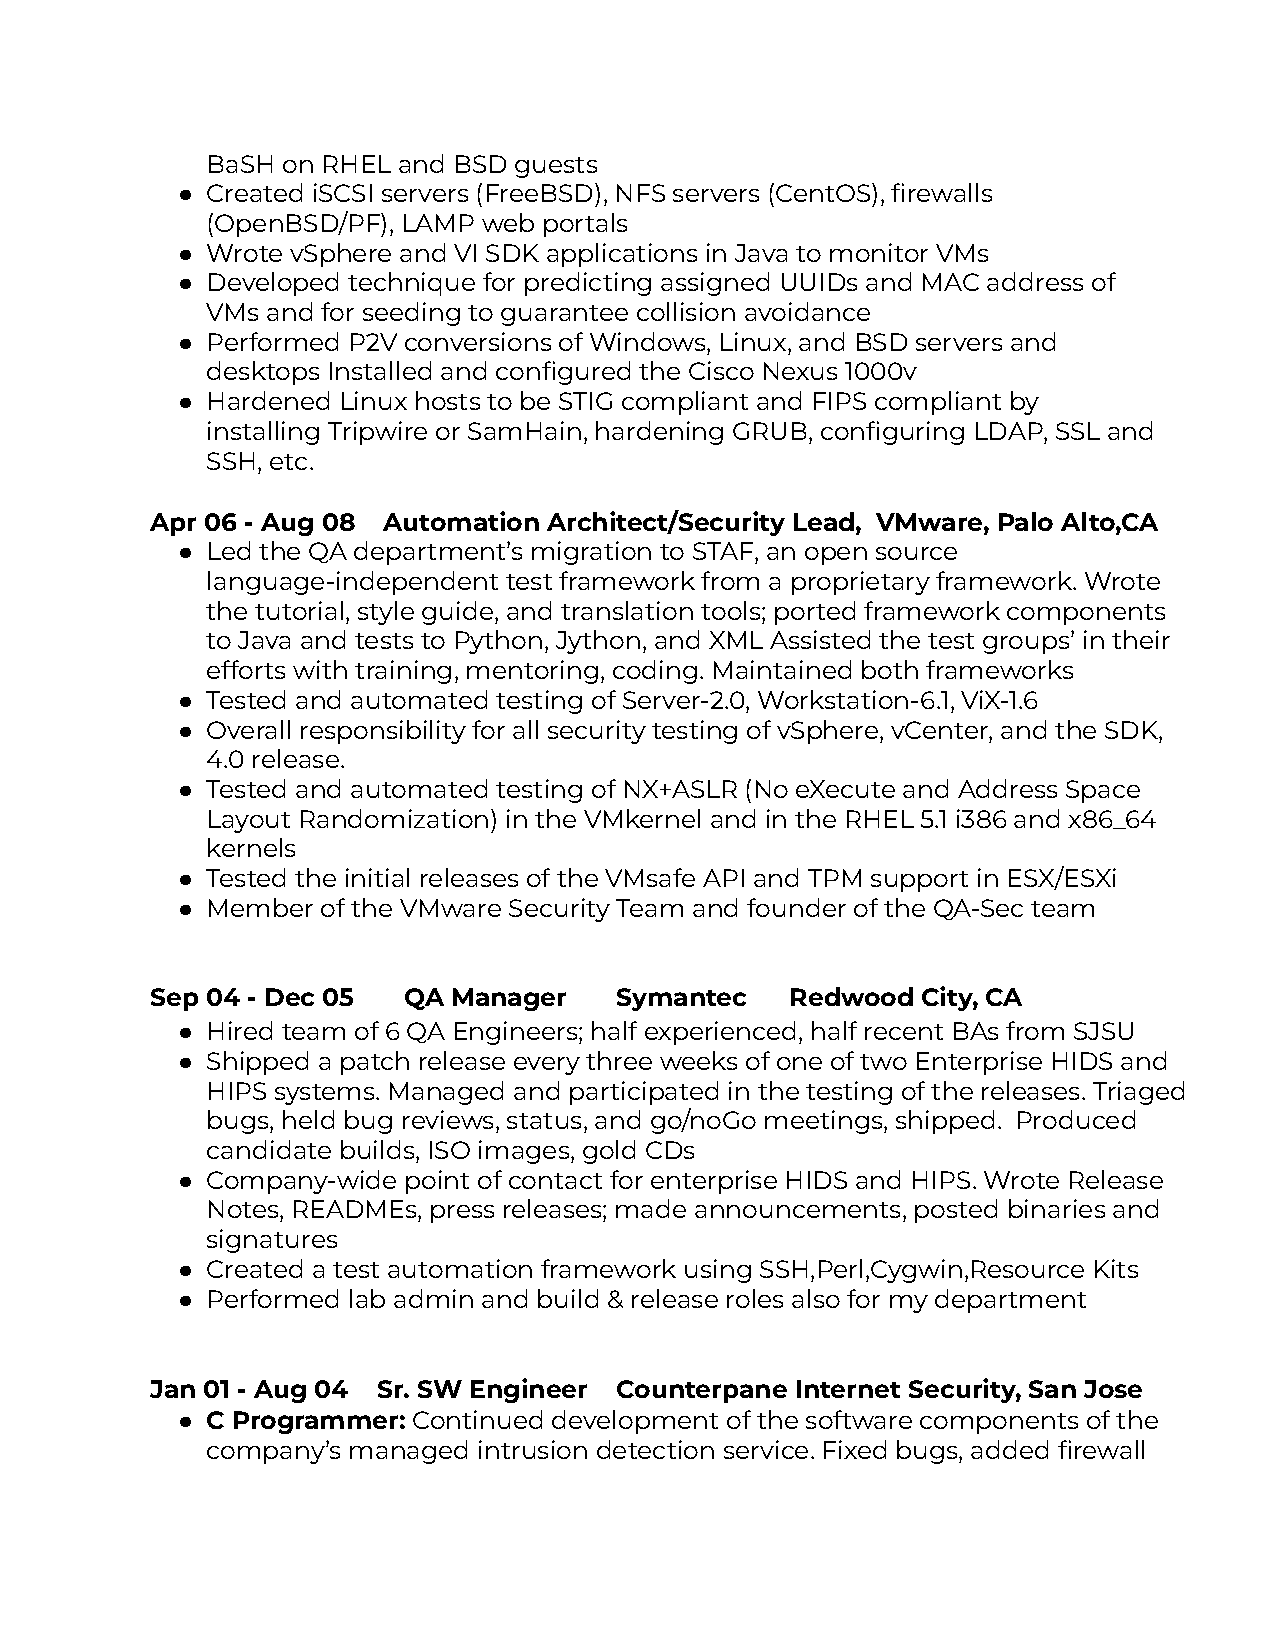
BaSH on RHEL and BSD guests
 ● Created iSCSI servers (FreeBSD), NFS servers (CentOS), firewalls
 (OpenBSD/PF), LAMP web portals
 ● Wrote vSphere and VI SDK applications in Java to monitor VMs
 ● Developed technique for predicting assigned UUIDs and MAC address of
 VMs and for seeding to guarantee collision avoidance
 ● Performed P2V conversions of Windows, Linux, and BSD servers and
 desktops Installed and configured the Cisco Nexus 1000v
 ● Hardened Linux hosts to be STIG compliant and FIPS compliant by
 installing Tripwire or SamHain, hardening GRUB, configuring LDAP, SSL and
 SSH, etc.
 Apr 06 - Aug 08 Automation Architect/Security Lead, VMware, Palo Alto,CA
 ● Led the QA department’s migration to STAF, an open source
 language-independent test framework from a proprietary framework. Wrote
 the tutorial, style guide, and translation tools; ported framework components
 to Java and tests to Python, Jython, and XML Assisted the test groups’ in their
 efforts with training, mentoring, coding. Maintained both frameworks
 ● Tested and automated testing of Server-2.0, Workstation-6.1, ViX-1.6
 ● Overall responsibility for all security testing of vSphere, vCenter, and the SDK,
 4.0 release.
 ● Tested and automated testing of NX+ASLR (No eXecute and Address Space
 Layout Randomization) in the VMkernel and in the RHEL 5.1 i386 and x86_64
 kernels
 ● Tested the initial releases of the VMsafe API and TPM support in ESX/ESXi
 ● Member of the VMware Security Team and founder of the QA-Sec team
 Sep 04 - Dec 05  QA Manager    Symantec   Redwood  City, CA
 ● Hired team of 6 QA Engineers; half experienced, half recent BAs from SJSU
 ● Shipped a patch release every three weeks of one of two Enterprise HIDS and
 HIPS systems. Managed and participated in the testing of the releases. Triaged
 bugs, held bug reviews, status, and go/noGo meetings, shipped. Produced
 candidate builds, ISO images, gold CDs
 ● Company-wide point of contact for enterprise HIDS and HIPS. Wrote Release
 Notes, READMEs, press releases; made announcements, posted binaries and
 signatures
 ● Created a test automation framework using SSH,Perl,Cygwin,Resource Kits
 ● Performed lab admin and build & release roles also for my department
 Jan 01 - Aug 04 Sr. SW Engineer Counterpane Internet Security, San Jose
 ● C Programmer: Continued development of the software components of the
 company’s managed intrusion detection service. Fixed bugs, added firewall